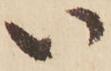
い